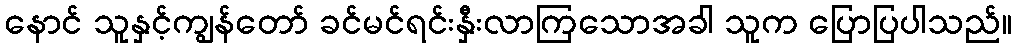
နောင် သူနှင့်ကျွန်တော် ခင်မင်ရင်းနှီးလာကြသောအခါ သူက ပြောပြပါသည်။